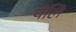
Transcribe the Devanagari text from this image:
पेलि